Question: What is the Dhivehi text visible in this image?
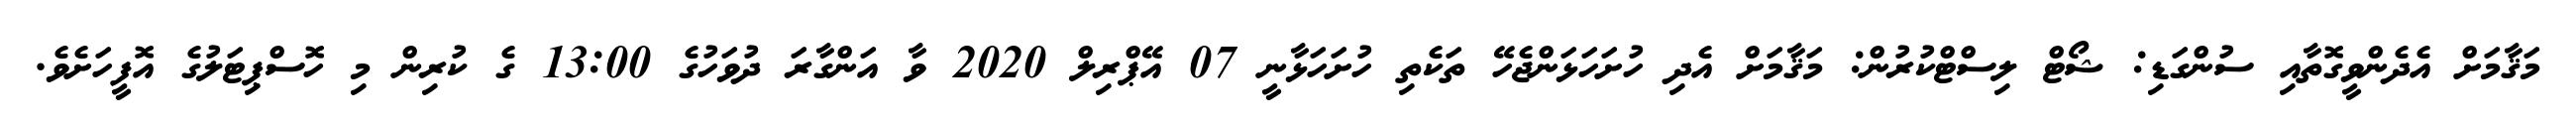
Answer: މަޤާމަށް އެދެންވީގޮތާއި ސުންގަޑި: ޝޯޓް ލިސްޓްކުރުން: މަޤާމަށް އެދި ހުށަހަޅަންޖެހޭ ތަކެތި ހުށަހަޅާނީ 07 އޭޕްރިލް 2020 ވާ އަންގާރަ ދުވަހުގެ 13:00 ގެ ކުރިން މި ހޮސްޕިޓަލުގެ އޮފީހަށެވެ.